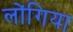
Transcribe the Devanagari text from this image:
लोंगिया